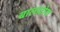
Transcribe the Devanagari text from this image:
बालाटोरा